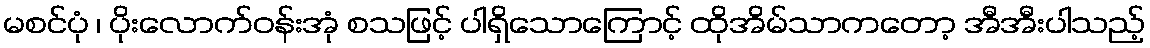
မစင်ပုံ ၊ ပိုးလောက်ဝန်းအုံ စသဖြင့် ပါရှိသောကြောင့် ထိုအိမ်သာကတော့ အီအီးပါသည့်